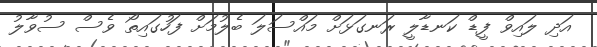
އަދި ލައިވް ފީޑް ކަނޑާލީ ރަނގަޅަށް މައްސަލަ ބެލުމަށް ފަހުގައިތޯ ވެސް ސުވާލު